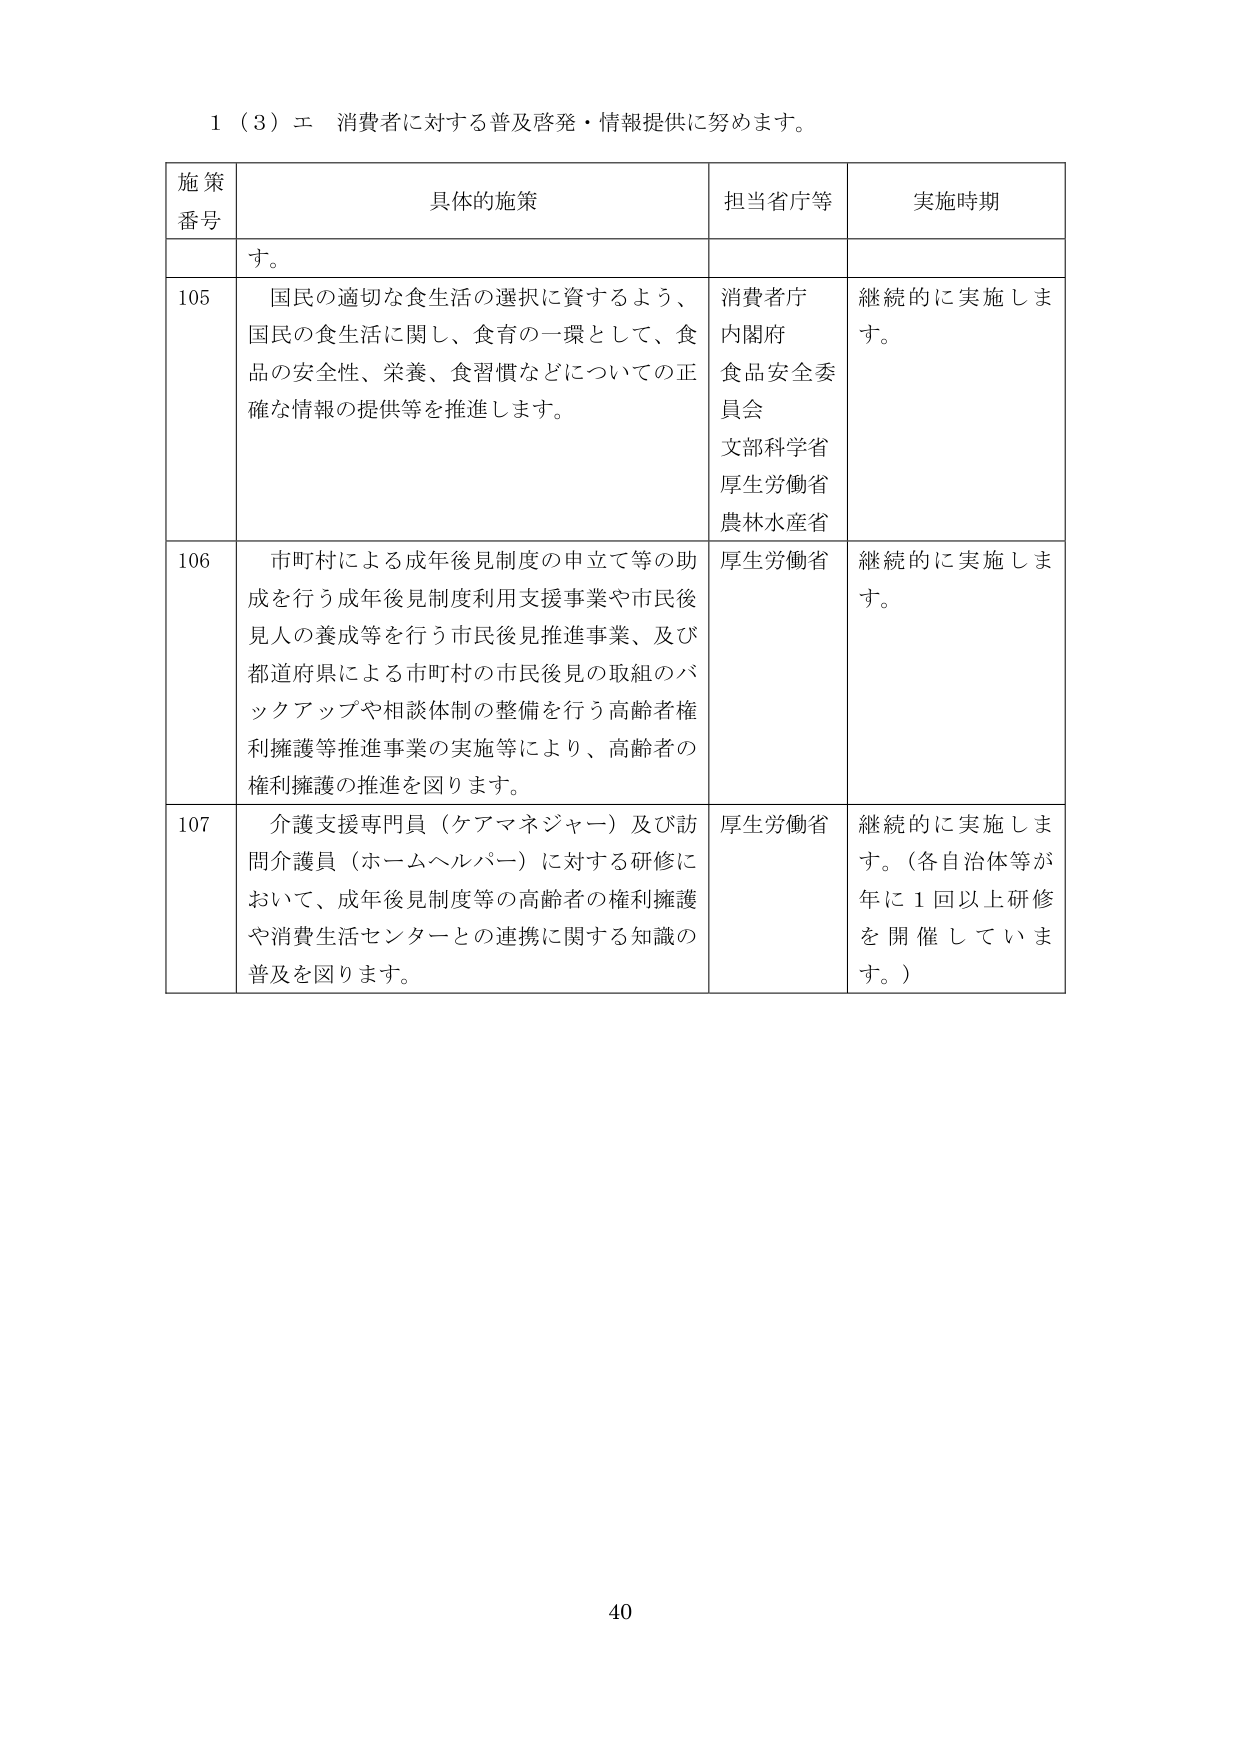
1（3）エ 消費者に対する普及啓発・情報提供に努めます。

施策
番号	具体的施策	担当省庁等	実施時期
	す。
105	国民の適切な食生活の選択に資するよう、
国民の食生活に関し、食育の一環として、食
品の安全性、栄養、食習慣などについての正
確な情報の提供等を推進します。	消費者庁
内閣府
食品安全委
員会
文部科学省
厚生労働省
農林水産省	継続的に実施しま
す。
106	市町村による成年後見制度の申立て等の助
成を行う成年後見制度利用支援事業や市民後
見人の養成等を行う市民後見推進事業、及び
都道府県による市町村の市民後見の取組のバ
ックアップや相談体制の整備を行う高齢者権
利擁護等推進事業の実施等により、高齢者の
権利擁護の推進を図ります。	厚生労働省	継続的に実施しま
す。
107	介護支援専門員（ケアマネジャー）及び訪
問介護員（ホームヘルパー）に対する研修に
おいて、成年後見制度等の高齢者の権利擁護
や消費生活センターとの連携に関する知識の
普及を図ります。	厚生労働省	継続的に実施しま
す。（各自治体等が
年に１回以上研修
を開催していま
す。）

40